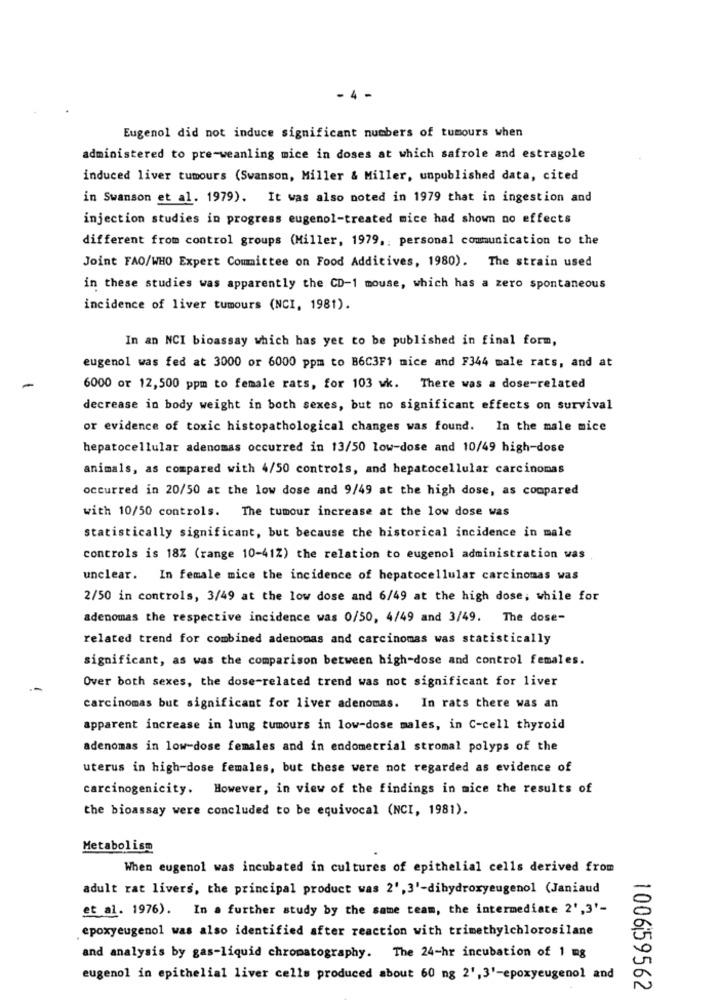
- 4 -
Eugenol did not induce significant numbers of tumours when
administered to pre-weanling mice in doses at which safrole and estragole
induced liver tumours (Swanson, Miller & Miller, unpublished data, cited
in Swanson et al. 1979). It was also noted in 1979 that in ingestion and
injection studies in progress eugenol-treated mice had shown no effects
different from control groups (Miller, 1979 ,: personal communication to the
Joint FAO/WHO Expert Committee on Food Additives, 1980). The strain used
in these studies was apparently the CD-1 mouse, which has a zero spontaneous
incidence of liver tumours (NCI, 1981).
In an NCI bioassay which has yet to be published in final form,
eugenol was fed at 3000 or 6000 ppm to B6C3F1 mice and F344 male rats, and at
6000 or 12,500 ppm to female rats, for 103 wk. There was a dose-related
decrease in body weight in both sexes, but no significant effects on survival
or evidence of toxic histopathological changes was found. In the male mice
hepatocellular adenomas occurred in 13/50 low-dose and 10/49 high-dose
animals, as compared with 4/50 controls, and hepatocellular carcinomas
occurred in 20/50 at the low dose and 9/49 at the high dose, as compared
with 10/50 controls. The tumour increase at the low dose was
statistically significant, but because the historical incidence in male
controls is 18% (range 10-41%) the relation to eugenol administration was
unclear. In female mice the incidence of hepatocellular carcinomas was
2/50 in controls, 3/49 at the low dose and 6/49 at the high dose; while for
adenomas the respective incidence was 0/50, 4/49 and 3/49. The dose-
related trend for combined adenomas and carcinomas was statistically
significant, as was the comparison between high-dose and control females.
Over both sexes, the dose-related trend was not significant for liver
carcinomas but significant for liver adenomas. In rats there was an
apparent increase in lung tumours in low-dose males, in C-cell thyroid
adenomas in low-dose females and in endometrial stromal polyps of the
uterus in high-dose females, but these were not regarded as evidence of
carcinogenicity. However, in view of the findings in mice the results of
the bioassay were concluded to be equivocal (NCI, 1981).
Metabolism
When eugenol was incubated in cultures of epithelial cells derived from
adult rat livers, the principal product was 2', 3'-dihydroxyeugenol (Janiaud
et al. 1976). In a further study by the same team, the intermediate 2',3'-
epoxyeugenol was also identified after reaction with trimethylchlorosilane
and analysis by gas-liquid chromatography. The 24-hr incubation of 1 mg
eugenol in epithelial liver cells produced about 60 mg 2', 3'-epoxyeugenol and
100659562